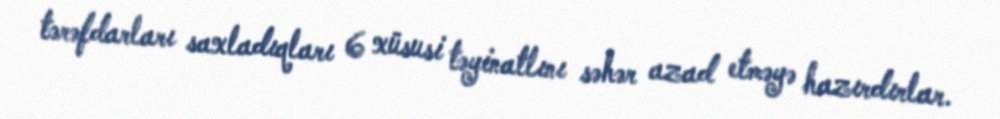
tərəfdarları saxladıqları 6 xüsusi təyinatlını səhər azad etməyə hazırdırlar.